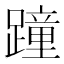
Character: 蹱